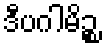
ဒီပဂါမိဉ္စ